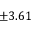
\pm 3 . 6 1